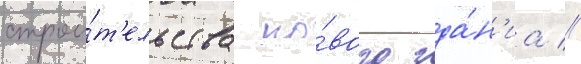
строи́т'ельства но́вого зда́н'иа //